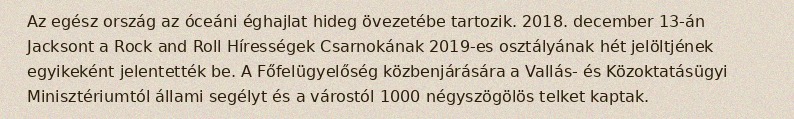
Az egész ország az óceáni éghajlat hideg övezetébe tartozik. 2018. december 13-án Jacksont a Rock and Roll Hírességek Csarnokának 2019-es osztályának hét jelöltjének egyikeként jelentették be. A Főfelügyelőség közbenjárására a Vallás- és Közoktatásügyi Minisztériumtól állami segélyt és a várostól 1000 négyszögölös telket kaptak.